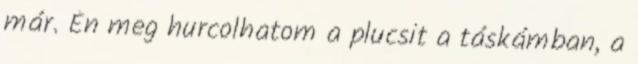
már. Én meg hurcolhatom a plucsit a táskámban, a